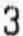
3